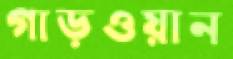
গাড়ওয়ান